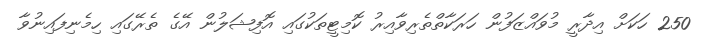
250 ހަކަށް އިދާރީ މުވައްޒަފުން ހަރަކާތްތެރިވާއިރު ކޮމިޓީތަކުގައި އޮފިޝަލުން އޭގެ ތެރޭގައި ހިމެނިފައިނުވާ